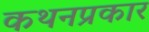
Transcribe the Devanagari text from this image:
कथनप्रकार